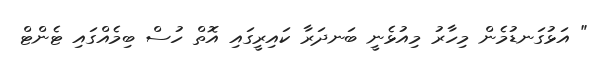
" އަޅުގަނޑުމެން މިހާރު މިއުޅެނީ ބަނދަރާ ކައިރީގައި އޮތް ހުސް ބިމެއްގައި ޓެންޓް